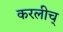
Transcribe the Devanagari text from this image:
करलीच्